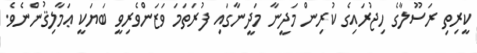
ކީރިތި ރަސޫލާގެ ހިޖުރައިގެ ކުރިން މަދީނާ މަދީނާގައި ފުރަތަމަ ވަޒަންވެރިވީ ބަޔަކީ ޢަމާލިޤުންނެވެ.